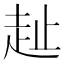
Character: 𧺠